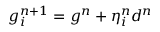
g _ { i } ^ { n + 1 } = g ^ { n } + \eta _ { i } ^ { n } d ^ { n }